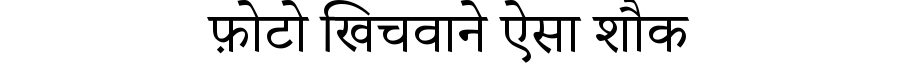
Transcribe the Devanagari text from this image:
फ़ोटो खिचवाने ऐसा शौक